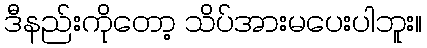
ဒီနည်းကိုတော့ သိပ်အားမပေးပါဘူး။